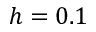
h = 0 . 1